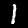
Digit: 1